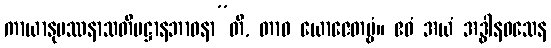
ကာယာနုပဿနာသတိပဋ္ဌာနဘာဝနာ”တိ, တာဝ ယောဇေတဗ္ဗံ။ ဧဝံ အယံ အဒ္ဓါနဝသေန